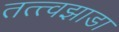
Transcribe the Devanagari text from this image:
तत्त्वझाडा